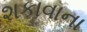
શકાવાના